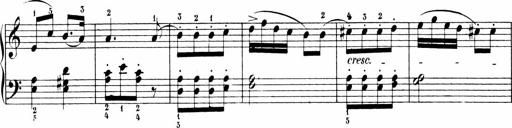
Title: Sonatinen Op.47, 98 und 136, nebst 6 Liedersonatinen
Composer: Carl Reinecke